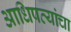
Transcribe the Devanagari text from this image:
आधिपत्यांचा